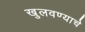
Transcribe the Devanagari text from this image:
खुलवण्याचे